Vaccination North-Western Provinces and Oudh 1878-1895 - 1878-1895
Year: 1878
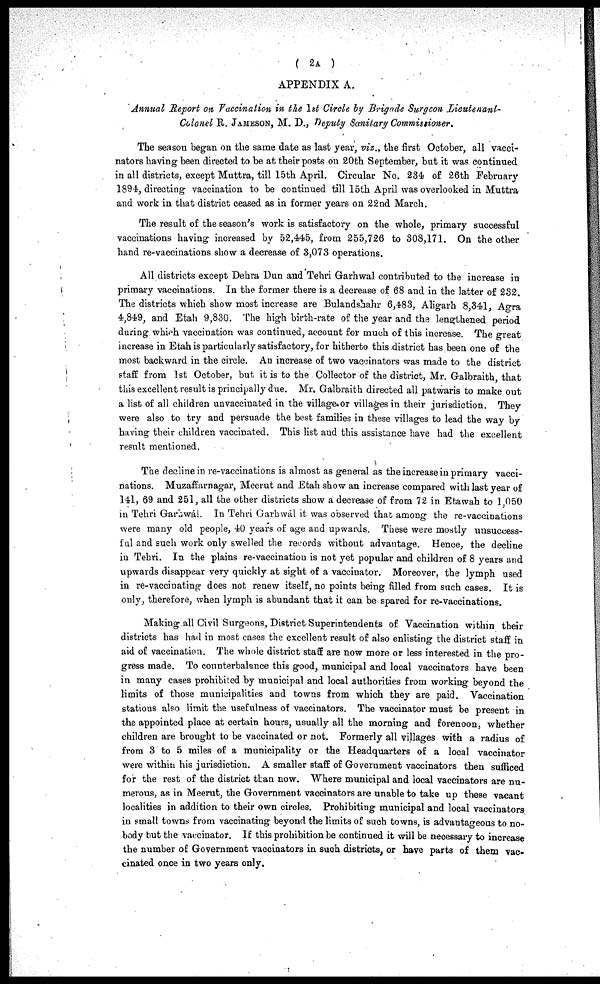
( 2A )
APPENDIX A.
Annual Report on Vaccination in the 1st Circle by Brigade Surgeon Lieutenant'
Colonel R. JAMESON, M. D., Deputy Sanitary Commissioner.
The season began on the same date as last year, viz., the first October, all vacci-
nators having been directed to be at their posts on 20th September, but it was continued
in all districts, except Muttra, till 15th April. Circular No. 234 of 26th February
1894, directing vaccination to be continued till 15th April was overlooked in Muttra
and work in that district ceased as in former years on 22nd March.
The result of the season's work is satisfactory on the whole, primary successful
vaccinations having increased by 52,445, from 255,726 to 308,171. On the other
hand re-vaccinations show a decrease of 3,073 operations.
All districts except Dehra Dun and Tehri Garhwal contributed to the increase in
primary vaccinations. In the former there is a decrease of 68 and in the latter of 232.
The districts which show most increase are Bulandshahr 6,483, Aligarh 8,341, Agra
4,849, and Etah 9,830. The high birth-rate of the year and the lengthened period
during which vaccination was continued, account for much of this increase. The great
increase in Etah is particularly satisfactory, for hitherto this district has been one of the
most backward in the circle. An increase of two vaccinators was made to the district
staff from 1st October, but it is to the Collector of the district, Mr. Galbraith, that
this excellent result is principally due. Mr. Galbraith directed all patwaris to make out
a list of all children unvaccinated in the village or villages in their jurisdiction. They
were also to try and persuade the best families in these villages to lead the way by
having their children vaccinated. This list and this assistance have had the excellent
result mentioned.
The decline in re-vaccinations is almost as general as the increase in primary vacci-
nations. Muzaffarnagar, Meerut and Etah show an increase compared with last year of
141, 69 and 251, all the other districts show a decrease of from 72 in Etawah to 1,050
in Tehri Garhwál. In Tehri Garhwál it was observed that among the re-vaccinations
were many old people, 40 years of age and upwards. These were mostly unsuccess-
ful and such work only swelled the records without advantage. Hence, the decline
in Tehri. In the plains re-vaccination is not yet popular and children of 8 years and
upwards disappear very quickly at sight of a vaccinator. Moreover, the lymph used
in re-vaccinating does not renew itself, no points being filled from such cases. It is
only, therefore, when lymph is abundant that it can be spared for re-vaccinations.
Making all Civil Surgeons, District Superintendents of Vaccination within their
districts has had in most cases the excellent result of also enlisting the district staff in
aid of vaccination. The whole district staff are now more or less interested in the pro-
gress made. To counterbalance this good, municipal and local vaccinators have been
in many cases prohibited by municipal and local authorities from working beyond the
limits of those municipalities and towns from which they are paid. Vaccination
stations also limit the usefulness of vaccinators. The vaccinator must be present in
the appointed place at certain hours, usually all the morning and forenoon, whether
children are brought to be vaccinated or not. Formerly all villages with a radius of
from 3 to 5 miles of a municipality or the Headquarters of a local vaccinator
were within his jurisdiction. A smaller staff of Government vaccinators then sufficed
for the rest of the district than now. Where municipal and local vaccinators are nu-
merous, as in Meerut, the Government vaccinators are unable to take up these vacant
localities in addition to their own circles. Prohibiting municipal and local vaccinators
in small towns from vaccinating beyond the limits of such towns, is advantageous to no-
body but the vaccinator. If this prohibition be continued it will be necessary to increase
the number of Government vaccinators in such districts, or have parts of them vac-
cinated once in two years only.